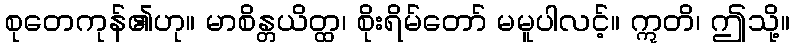
စုတေကုန်၏ဟု။ မာစိန္တယိတ္ထ၊ စိုးရိမ်တော် မမူပါလင့်။ ဣတိ၊ ဤသို့။